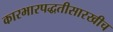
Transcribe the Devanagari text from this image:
कारभारपद्धतीसारखीच